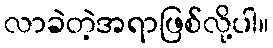
လာခဲတဲ့အရာဖြစ်လို့ပါ။